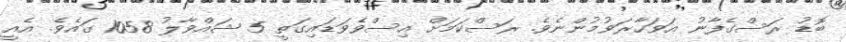
ބޮޑު ރަސްގެފާނު އަވަހާރަވުމުންނެވެ. ރަސްކަމަށް އިސްވެވަޑައިގަތީ 5 ޝައްވާލު 1058 ގައެވެ. އެއީ